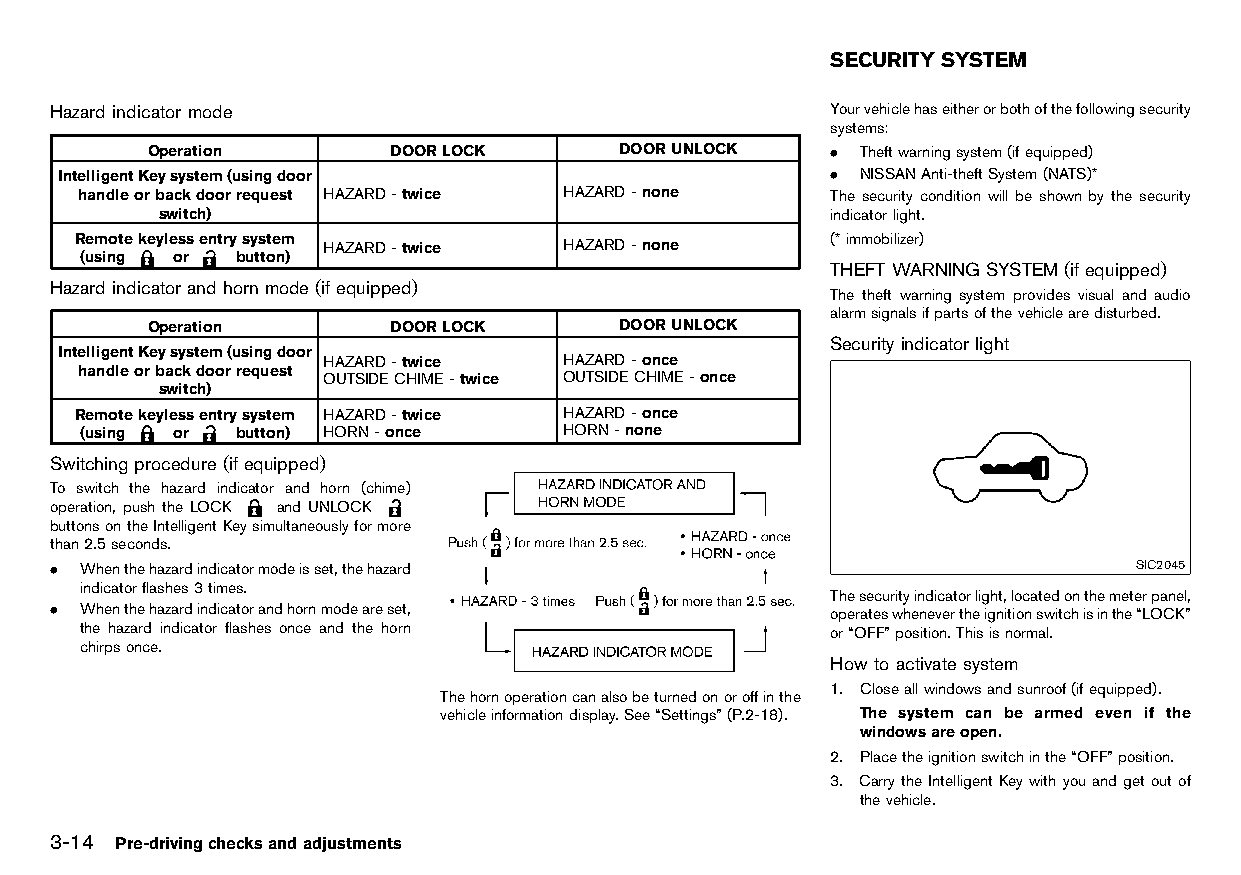
(122,1)
 SECURITY SYSTEM
 HT32A1-17FA495C-3D75-4AC6-BDA1-CF035C5BC711
 Hazardindicator mode                                Yourvehiclehaseitherorbothofthefollowingsecurity
 HT32A1-65718739-3E9A-41CF-BB5C-1F201A5A22CE  systems:
 Operation       DOORLOCK       DOORUNLOCK    . Theftwarningsystem(ifequipped)
 IntelligentKeysystem(usingdoor                     . NISSANAnti-theftSystem(NATS)*
 handleorbackdoorrequest HAZARD-twice HAZARD-none  The security condition will be shown by the security
 switch)                                      indicatorlight.
 Remotekeylessentrysystem                          (*immobilizer)
 HAZARD-twice    HAZARD-none
 (using or button)
 THEFTWARNING SYSTEM (if equipped)
 Hazardindicator andhornmode (if equipped)                 HT32A1-76C0FFDE-576D-4F0F-954F-F551549C6BCD
 The theft warning system provides visual and audio
 HT32A1-EE137A74-2D68-416C-BCCB-700B45E14695
 alarmsignalsifpartsofthevehiclearedisturbed.
 Operation       DOORLOCK       DOORUNLOCK
 Security indicatorlight
 IntelligentKeysystem(usingdoor HAZARD-twice HAZARD-once  HT32A1-4DCD2AF1-FA12-44F6-BC69-8E0833CCECA6
 handleorbackdoorrequest OUTSIDECHIME-twice OUTSIDECHIME-once
 switch)
 Remotekeylessentrysystem HAZARD-twice HAZARD-once
 (using or button) HORN-once     HORN-none
 Switching procedure (if equipped)
 HT32A1-849C8DE2-DBF7-4AA6-90D4-DCA29B9DDF46
 To switch the hazard indicator and horn (chime)
 operation, push the LOCK and UNLOCK
 buttonsontheIntelligentKeysimultaneouslyformore
 than2.5seconds.
 . Whenthehazardindicatormodeisset,thehazard                             SIC2045
 indicatorflashes3times.
 Thesecurityindicatorlight,locatedonthemeterpanel,
 . Whenthehazardindicatorandhornmodeareset,          operateswhenevertheignitionswitchisinthe“LOCK”
 the hazard indicator flashes once and the horn    or“OFF”position.Thisisnormal.
 chirpsonce.
 JI0469 Howtoactivate system
 GUID-03FC1505-4FB1-4D25-8E48-3383352C28A4
 1. Closeallwindowsandsunroof(ifequipped).
 Thehornoperationcanalsobeturnedonoroffinthe
 vehicleinformationdisplay.See“Settings”(P.2-18). The system can be armed even if the
 windowsareopen.
 2. Placetheignitionswitchinthe“OFF”position.
 3. CarrytheIntelligent Keywithyouandget outof
 thevehicle.
 3-14 Pre-drivingchecksandadjustments
 Condition:                        [Edit:2015/8/24 Model: HT32-A]